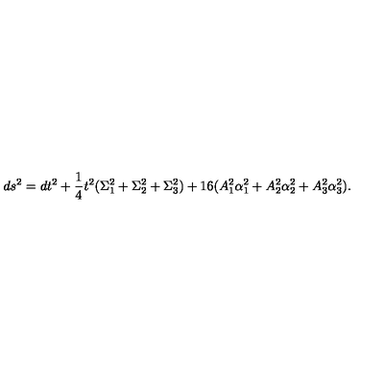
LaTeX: d s ^ { 2 } = d t ^ { 2 } + { \frac { 1 } { 4 } } t ^ { 2 } ( \Sigma _ { 1 } ^ { 2 } + \Sigma _ { 2 } ^ { 2 } + \Sigma _ { 3 } ^ { 2 } ) + 1 6 ( A _ { 1 } ^ { 2 } \alpha _ { 1 } ^ { 2 } + A _ { 2 } ^ { 2 } \alpha _ { 2 } ^ { 2 } + A _ { 3 } ^ { 2 } \alpha _ { 3 } ^ { 2 } ) .